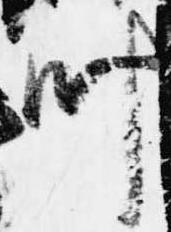
叶